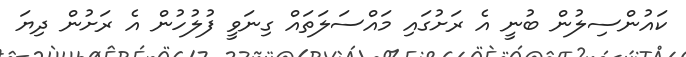
ކައުންސިލުން ބުނީ އެ ރަށުގައި މައްސަލަތައް ގިނަވީ ފުލުހުން އެ ރަށުން ދިޔަ